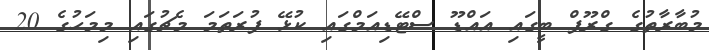
މުބާރާތުގެ ގްރޫޕް ބީގައި އައްޑޫ ސްޓޭޑިއަމްގައި ކުޅޭ ފުރަތަމަ މެޗުގައި މިމަހުގެ 20